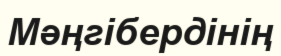
Мәңгібердінің